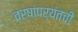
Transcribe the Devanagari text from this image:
वर्षांपर्यंतची